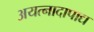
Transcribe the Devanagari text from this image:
अयत्नादापाद्य